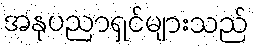
အနုပညာရှင်များသည်